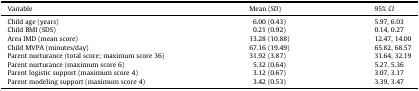
<table><thead><tr><td><b>Variable</b></td><td><b>Mean (<i>SD</i>)</b></td><td><b>95% <i>CI</i></b></td></tr></thead><tbody><tr><td>Child age (years)</td><td>6.00 (0.43)</td><td>5.97, 6.03</td></tr><tr><td>Child BMI (SDS)</td><td>0.21 (0.92)</td><td>0.14, 0.27</td></tr><tr><td>Area IMD (mean score)</td><td>13.28 (10.88)</td><td>12.47, 14.00</td></tr><tr><td>Child MVPA (minutes/day)</td><td>67.16 (19.49)</td><td>65.82, 68.57</td></tr><tr><td>Parent nurturance (total score; maximum score 36)</td><td>31.92 (3.87)</td><td>31.64, 32.19</td></tr><tr><td>Parent nurturance (maximum score 6)</td><td>5.32 (0.64)</td><td>5.27, 5.36</td></tr><tr><td>Parent logistic support (maximum score 4)</td><td>3.12 (0.67)</td><td>3.07, 3.17</td></tr><tr><td>Parent modeling support (maximum score 4)</td><td>3.42 (0.53)</td><td>3.39, 3.47</td></tr></tbody></table>